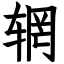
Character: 辋